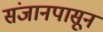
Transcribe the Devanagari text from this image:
संजानपासून